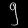
Digit: ၅